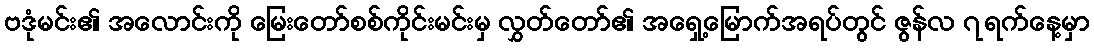
ဗဒုံမင်း၏ အလောင်းကို မြေးတော်စစ်ကိုင်းမင်းမှ လွှတ်တော်၏ အရှေ့မြောက်အရပ်တွင် ဇွန်လ ၇ရက်နေ့မှာ